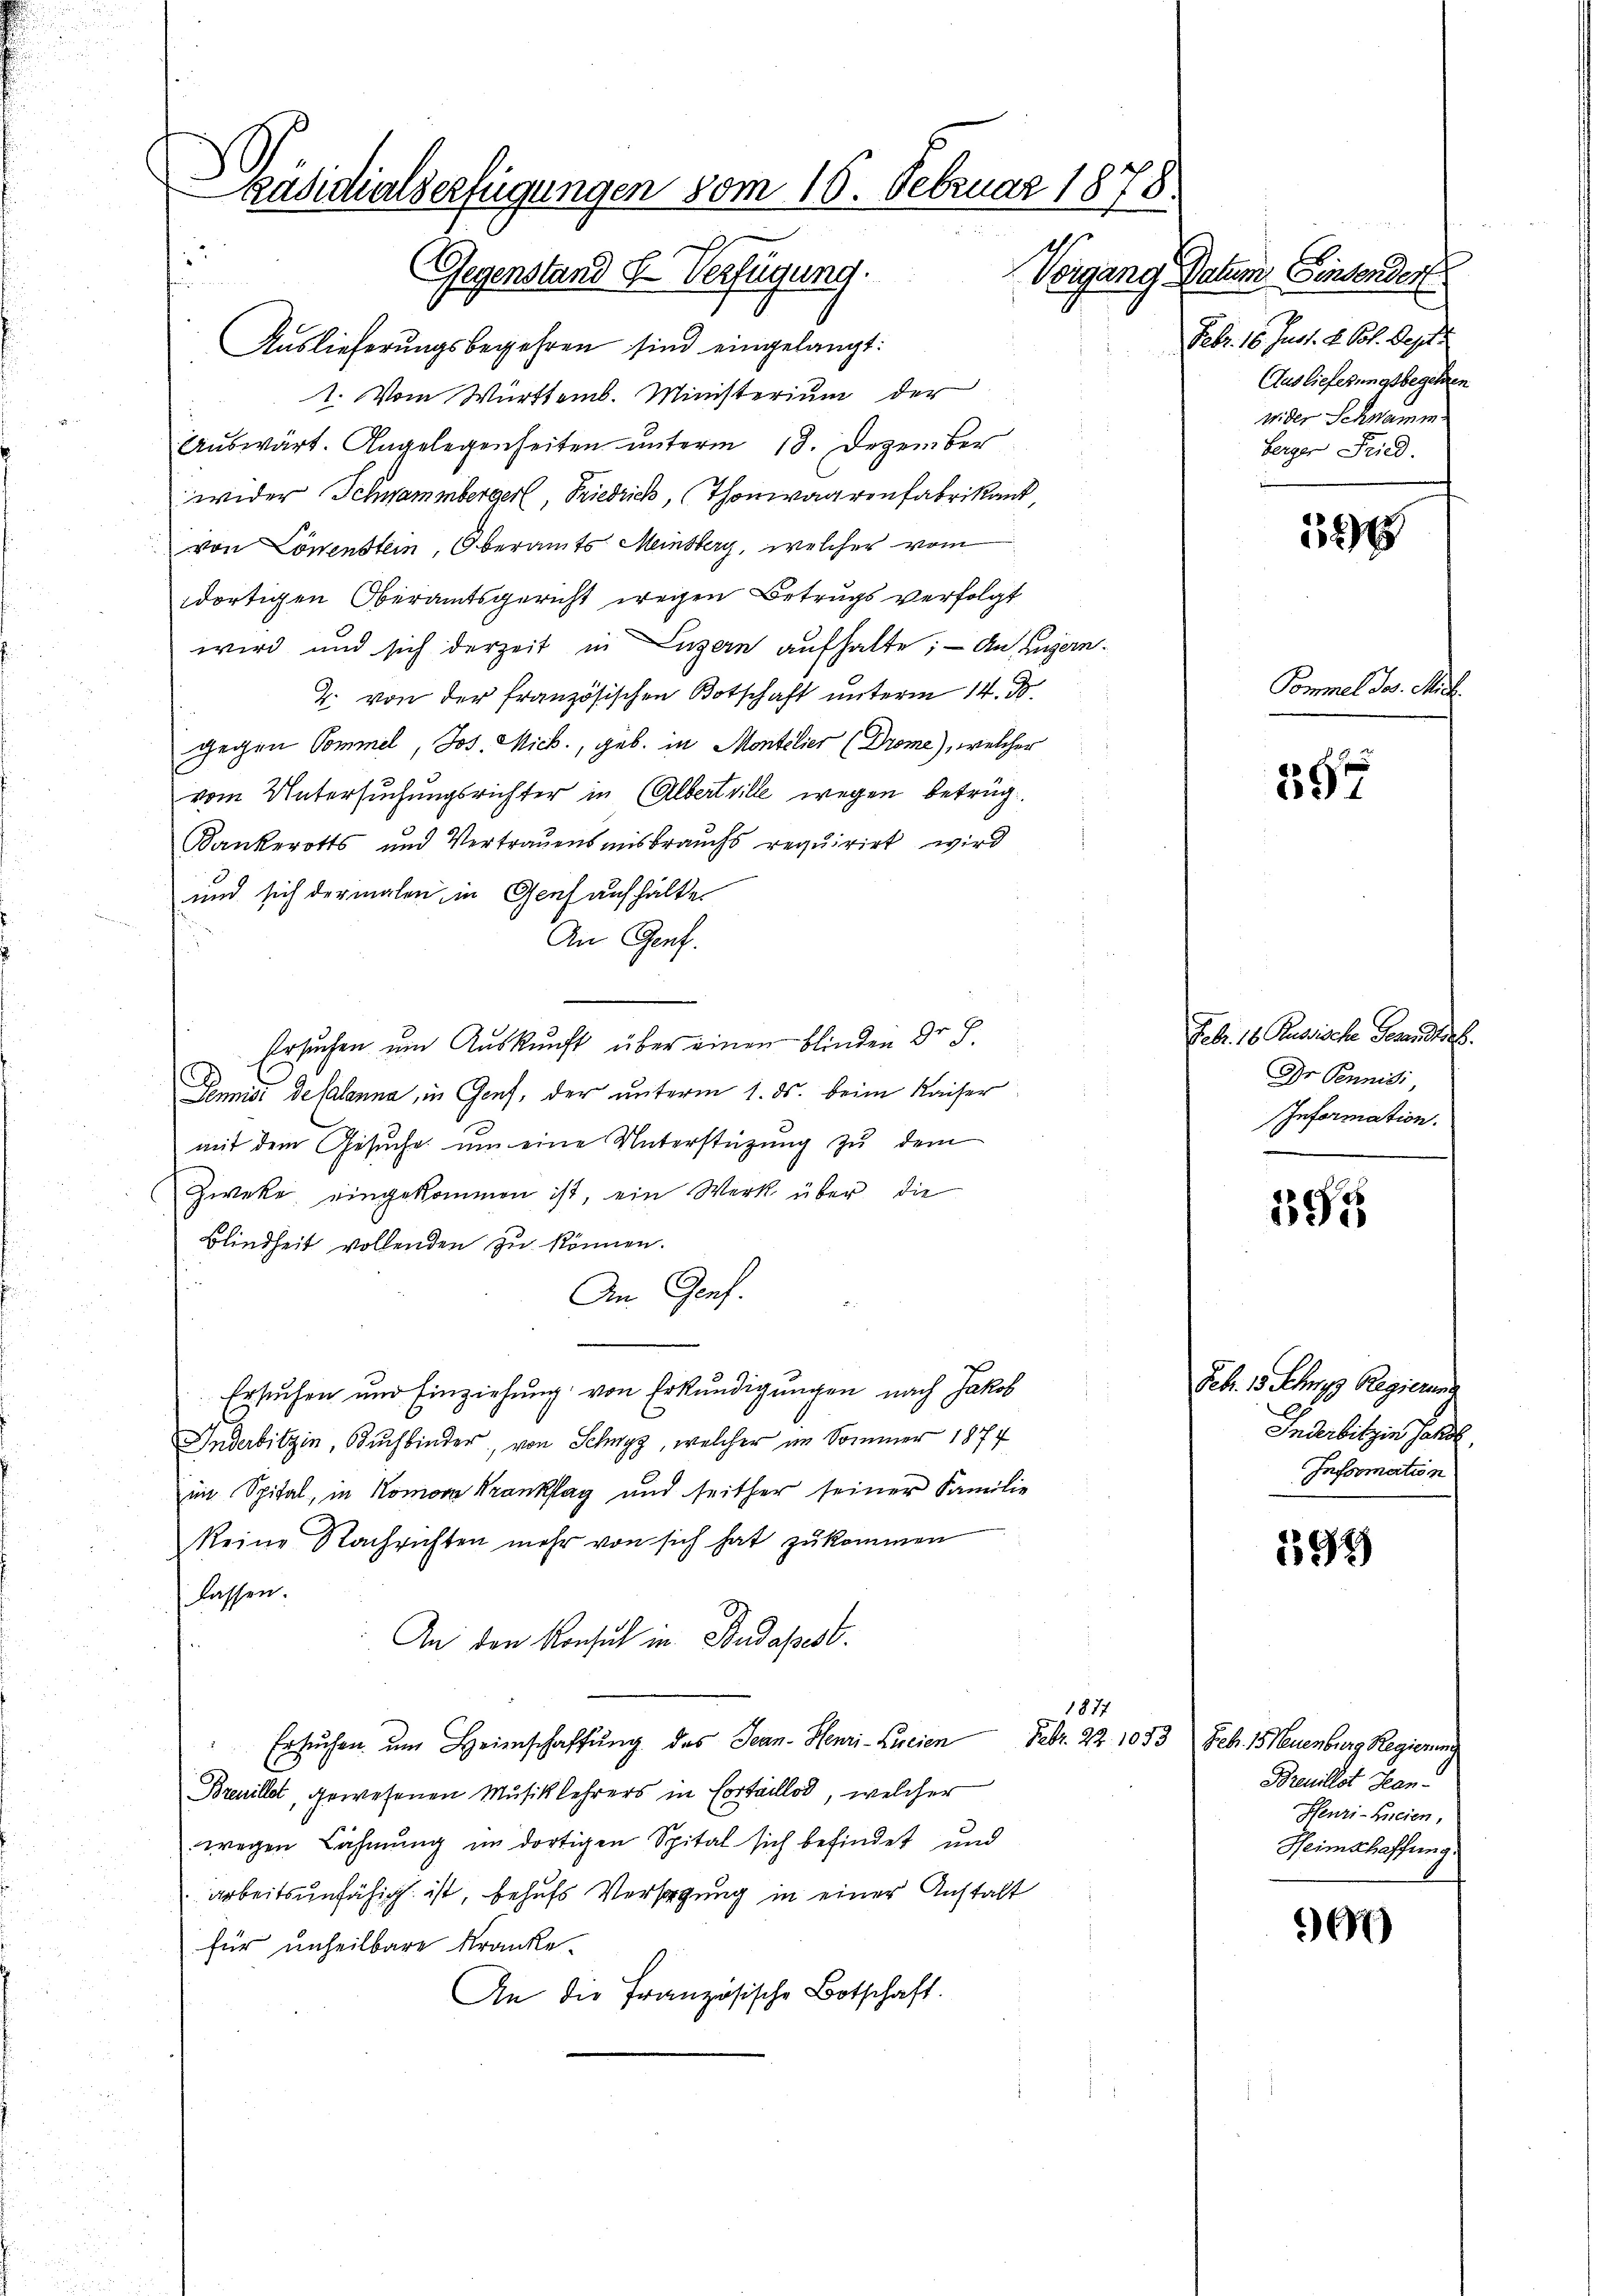
päsidialserfügungen vom 15. Februar 1878.
.
Gegenstand S. Verfügung.
Vorgang Datum Einsender
fe

Auslieferungsbegehren sind eingelangt:
1. Vom Württemb. Ministerium der
Auswärt. Angelegenheiten unterm 13. Dezember
wider Schwammbergerl, Friedrich, (Thonwaarenfabrikant,
von Löwenstein, Oberamts Meinsberg, welcher vom
dortigen Oberamtsgericht wegen Betrugs verfolgt
wird und sich derzeit in Luzern aufhalte; — An Engern¬
2. von der französischen Botschaft unterm 14. d.
gegen Pommel, Jos. Mich., geb. in Montelier (Drome), welcher
vom Untersuchungsrichter in Albertrille wegen betrüg¬
Bankerotts und Vertrauensmisbrauchs requirirt wird
und sich dermalen in Genf aufhälte
An Genf.
Ersuchen um Auskunft über einen blinden Dr. S.
Pennisi desalanna, in Genf, der unterm 1. ds. beim Kaiser
mit dem Gesuche um eine Unterstützung zu dem
Zweke, eingekommen ist, ein Werk über die
Blindheit vollenden zu können.
An Genf.
Ersuchen und Einziehung von Erkundigungen nach Jakob
Inderbitzin, Buchbinder, von Schwyz, welcher im Sommer 1874
im Spital, in Komora Kranksag und seither seiner Familie
keine Nachrichten mehr von sich hat zukommen
lassen.
An den Konsul in Budapest.
1877
Ersuchen um Heimschaffung des Jean. Henri-Lueien Febr. 22. 1053 Feb. 15 Neuenburg Regierung
Breuillet, gewesenen Musiklehrers in Cortaillod, welcher
wegen Lähmung in dortigen Spital sich befindet und
arbeitsunfähig ist, behufs Versagung in einer Anstalt
für unheilbare Kranke.
An die Französische Botschaft.

Febr. 16. Just. d. Pol. Sept.
Auslieferungsbegehren
wider Schwamm
Herger Fried.

32

Pommel Jos. Mich.

397

Feb. 18 Russische Paristorp.
Dr. Pennis
Information.
1

195

Feb. 18. herr Regierung
Inderbitzin Handl
Information

194)

Breuillet Han¬
Henri-Hneien,
Heimschaffung.

60)